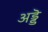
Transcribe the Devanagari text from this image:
अड्डॆ